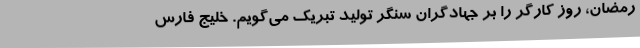
رمضان، روز کارگر را بر جهادگران سنگر تولید تبریک می‌گویم. خلیج فارس